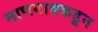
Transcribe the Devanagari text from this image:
माणगावकडून